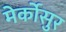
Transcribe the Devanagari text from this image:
मेर्कोसुर